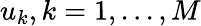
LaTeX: u_{k},k=1,...,M